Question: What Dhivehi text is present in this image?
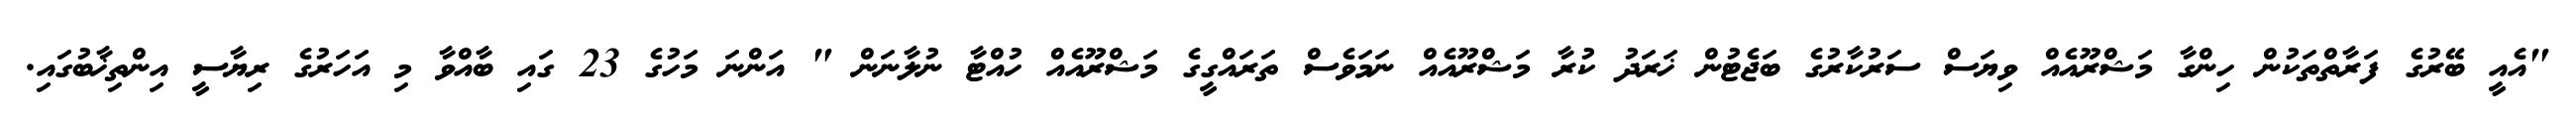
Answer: "އެއީ ބޭރުގެ ފަރާތްތަކުން ހިންގާ މަޝްރޫއެއް ވިޔަސް ސަރުކާރުގެ ބަޖެޓުން ޚަރަދު ކުރާ މަޝްރޫއެއް ނަމަވެސް ތަރައްގީގެ މަޝްރޫއެއް ހުއްޓާ ނުލާނަން " އަންނަ މަހުގެ 23 ގައި ބާއްވާ މި އަހަރުގެ ރިޔާސީ އިންތިޚާބުގައި.